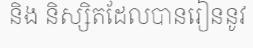
និង និស្សិតដែលបានរៀននូវ